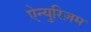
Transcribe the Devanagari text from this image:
ऐन्युरिज़म